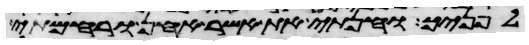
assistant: לפניך וחנתי את אשר אחן ורחמתי